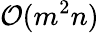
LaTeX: \mathcal{O}({m^{2}n})